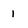
Character: 1